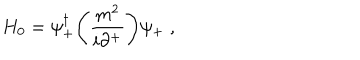
H _ { 0 } = \psi _ { + } ^ { \dagger } \Biggl ( { \frac { m ^ { 2 } } { i \partial ^ { + } } } \Biggr ) \psi _ { + } \; ,